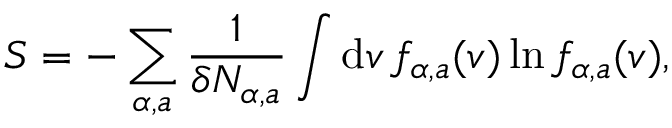
S = - \sum _ { \alpha , a } \frac { 1 } { \delta N _ { \alpha , a } } \int \mathrm { d } \boldsymbol { v } \, f _ { \alpha , a } ( \boldsymbol { v } ) \ln f _ { \alpha , a } ( \boldsymbol { v } ) ,